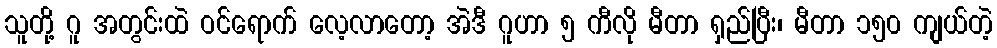
သူတို့ ဂူ အတွင်းထဲ ဝင်ရောက် လေ့လာတော့ အဲဒီ ဂူဟာ ၅ ကီလို မီတာ ရှည်ပြီး၊ မီတာ ၁၅၀ ကျယ်တဲ့